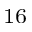
^ { 1 6 }